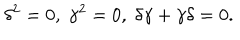
\delta ^ { 2 } = 0 , \; \gamma ^ { 2 } = 0 , \; \delta \gamma + \gamma \delta = 0 .